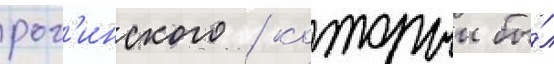
рог'инского / которыи бы́л